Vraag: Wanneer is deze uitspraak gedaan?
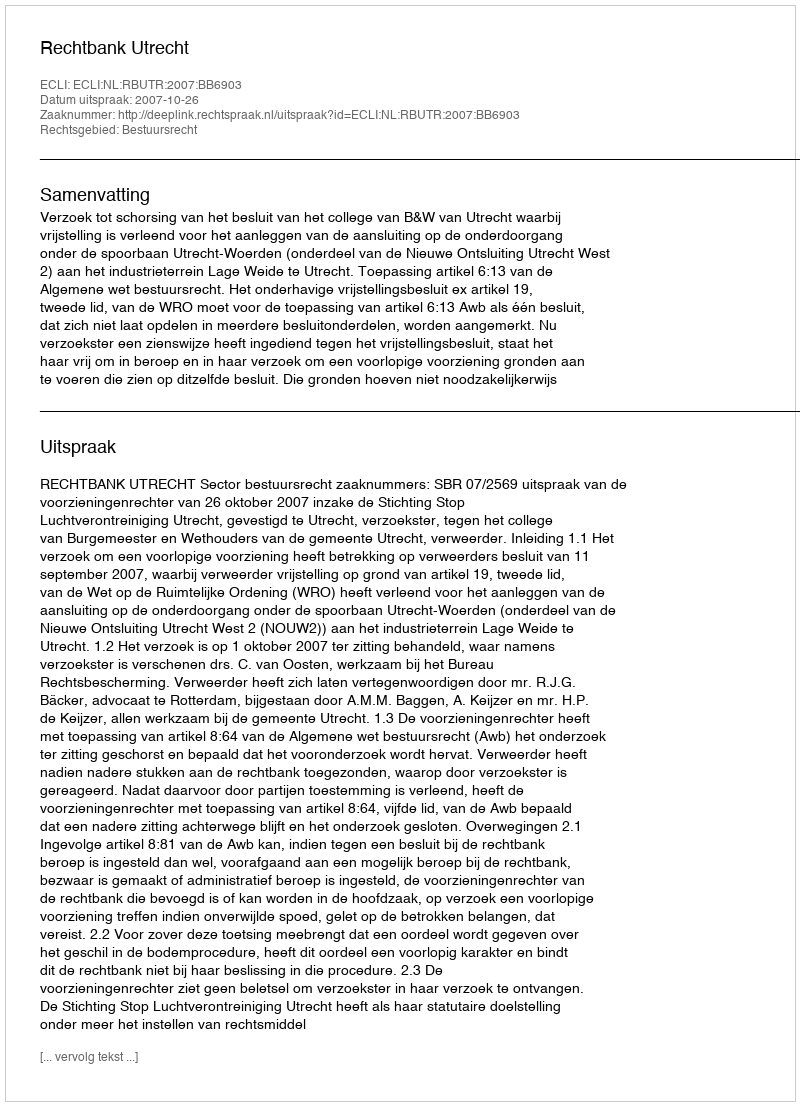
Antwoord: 2007-10-26